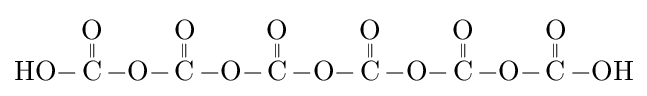
{\ce {HO-{\overset {\displaystyle O \atop \|}{C}}-O-{\overset {\displaystyle O \atop \|}{C}}-O-{\overset {\displaystyle O \atop \|}{C}}-O-{\overset {\displaystyle O \atop \|}{C}}-O-{\overset {\displaystyle O \atop \|}{C}}-O-{\overset {\displaystyle O \atop \|}{C}}-OH}}